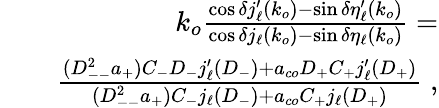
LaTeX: \begin{array}{rlr}&{}&{k_{o}\frac{\cos\delta j_{\ell}^{\prime}(k_{o})-\sin\delta\eta_{\ell}^{\prime}(k_{o})}{\cos\delta j_{\ell}(k_{o})-\sin\delta\eta_{\ell}(k_{o})}=}\\ &{}&{\frac{(D_{--}^{2}a_{+})C_{-}D_{-}j_{\ell}^{\prime}(D_{-})+a_{co}D_{+}C_{+}j_{\ell}^{\prime}(D_{+})}{(D_{--}^{2}a_{+})C_{-}j_{\ell}(D_{-})+a_{co}C_{+}j_{\ell}(D_{+})}\; ,}\end{array}